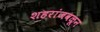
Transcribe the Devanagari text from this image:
शहरांजवळून